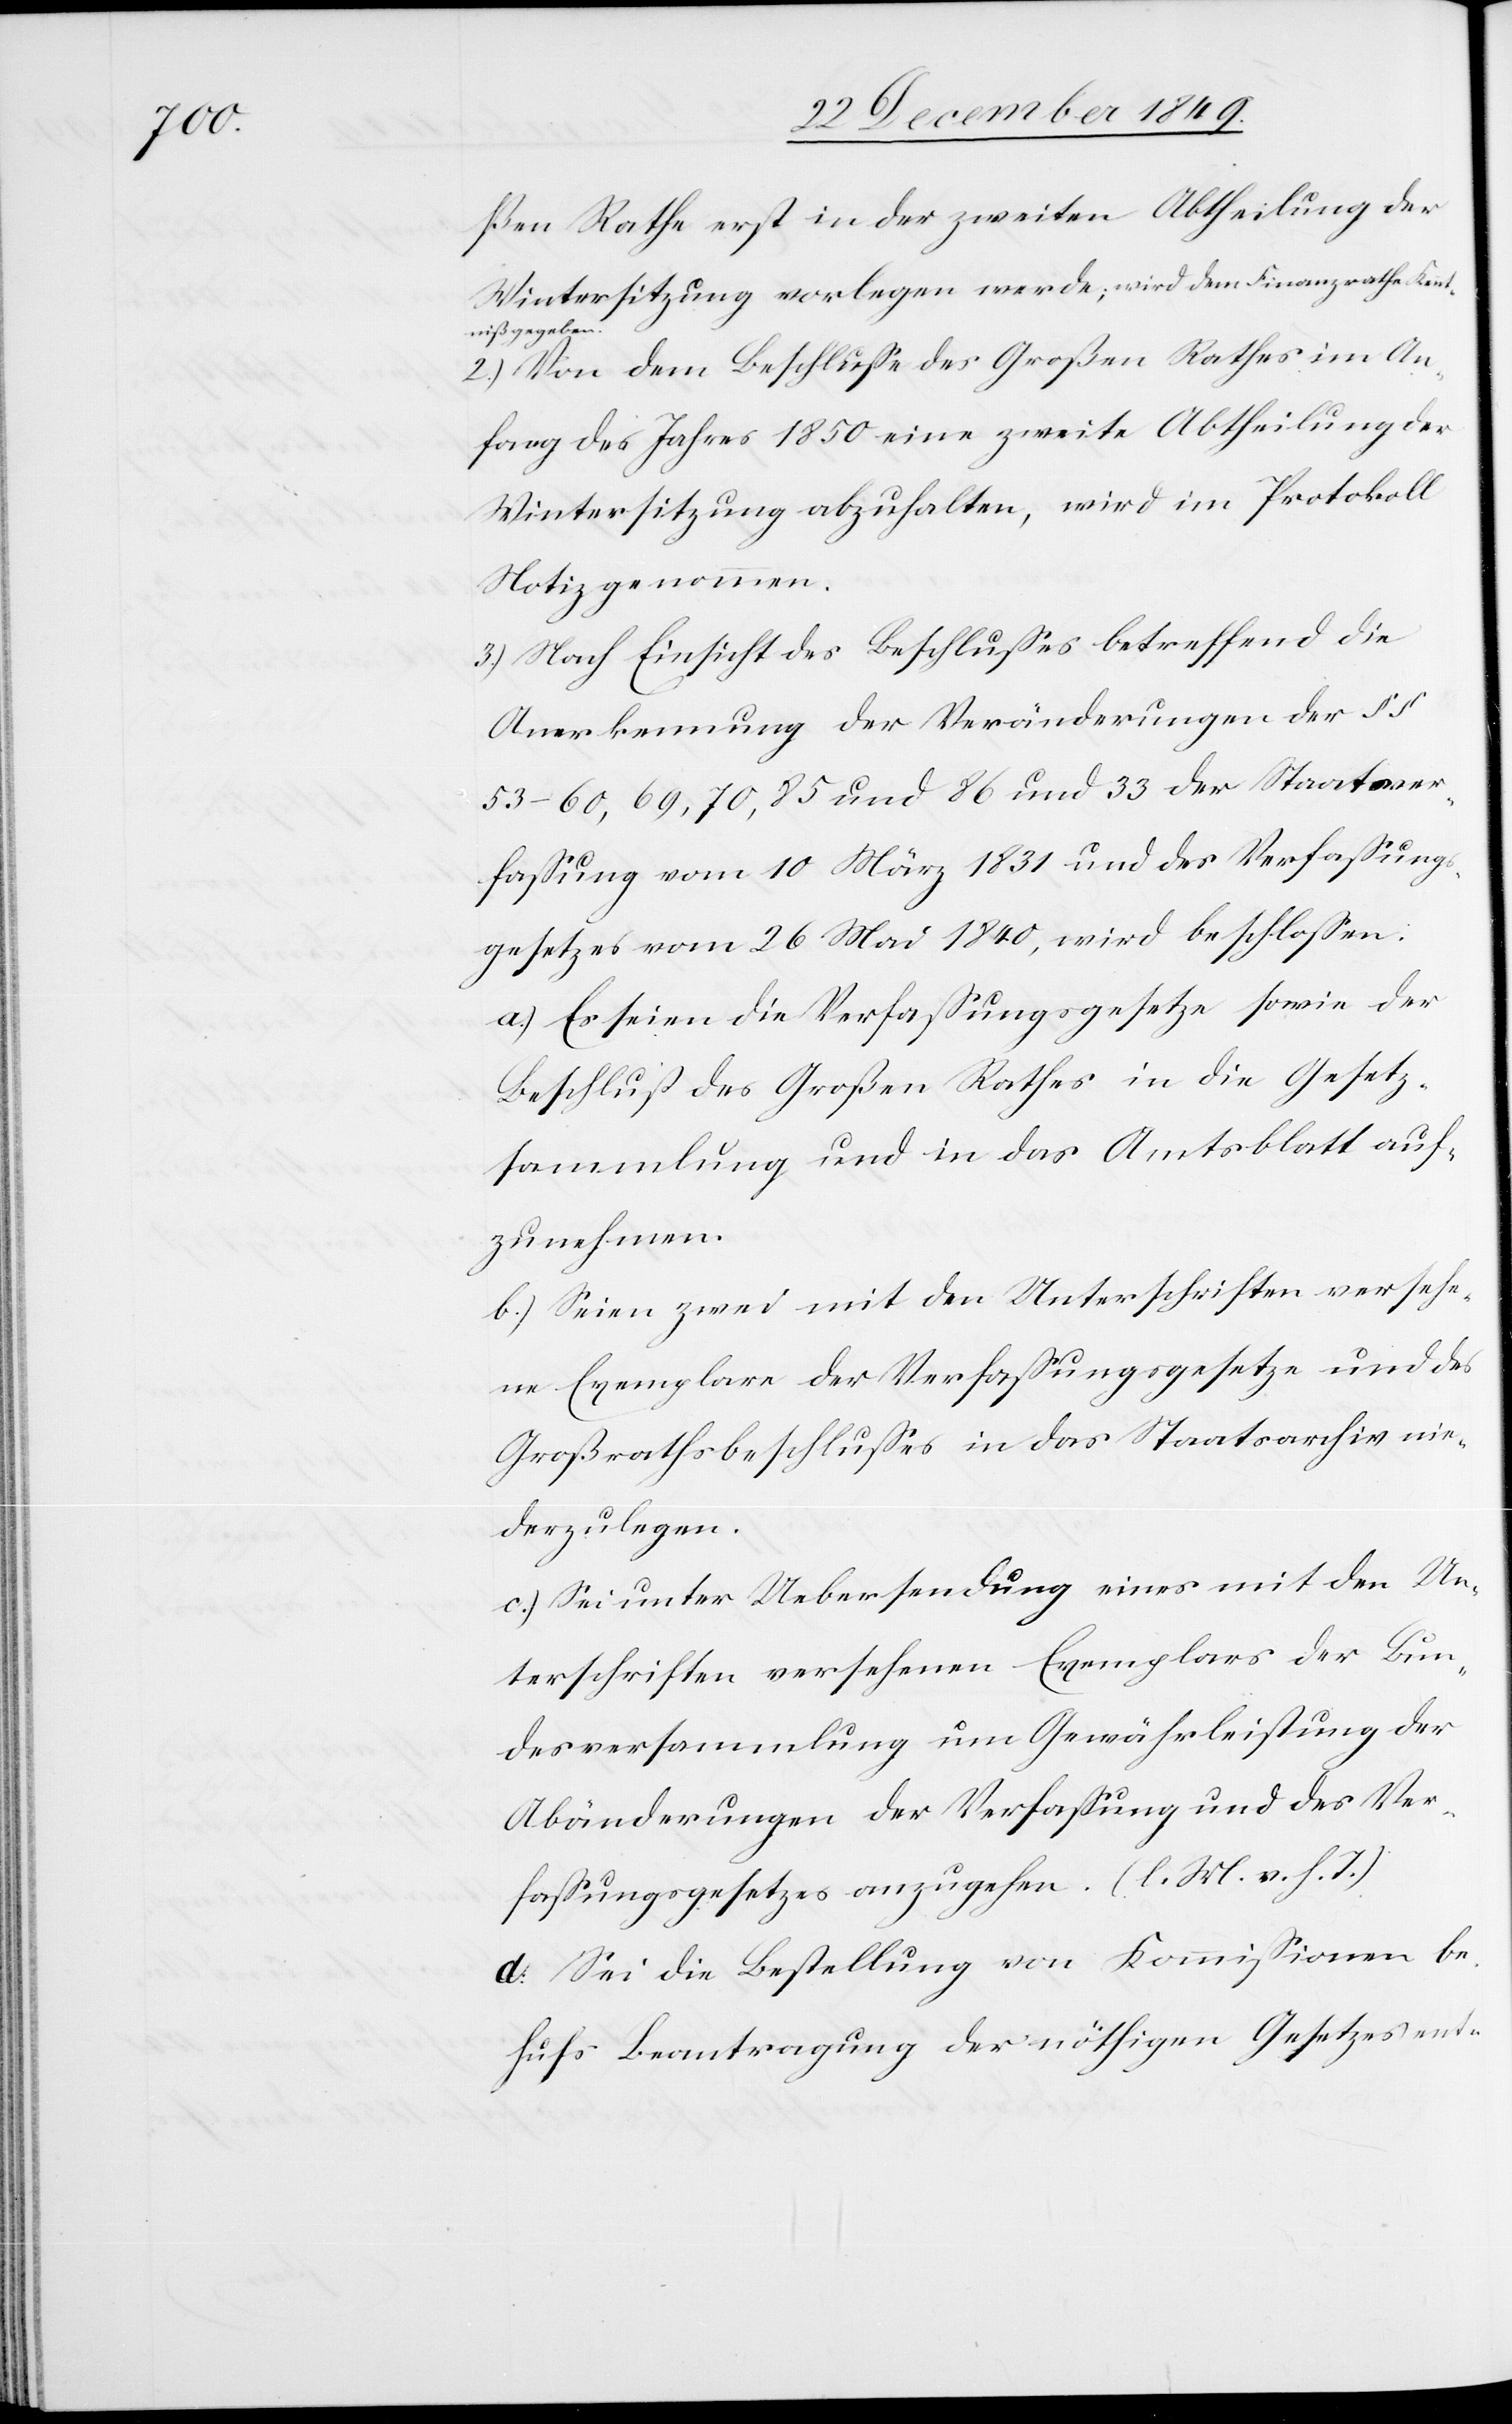
ßen Rathe erst in der zweiten Abtheilung der
Wintersitzung vorlegen werde, wird dem Finanzrathe Kennt¬
niß gegeben.
2.) Von dem Beschluße des Großen Rathes im An¬
fang des Jahres 1850 eine zweite Abtheilung der
Wintersitzung abzuhalten, wird im Protokoll
Notiz genommen.
3.) Nach Einsicht des Beschlußes betreffend die
Anerkennung der Veränderungen des §§
53–60,69,70,85 und 86 und 33 der Staatsver¬
faßung vom 10 März 1831 und des Verfaßungs¬
gesetzes vom 26 Mai 1840, wird beschloßen:
a.) Es seien die Verfaßungsgesetze sowie der
Beschluß des Großen Rathes in die Gesetz¬
sammlung und in das Amtsblatt auf¬
zunehmen.
b.) Seien zwei mit den Unterschriften versehe¬
ne Exemplare der Verfaßungsgesetze und des
Großrathsbeschlußes in das Staatsarchiv nie¬
derzulegen.
c.) Sei unter Uebersendung eines mit den Un¬
terschriften versehenen Exemplars der Bun¬
desversammlung um Gewährleistung der
Abänderungen der Verfaßung und des Ver¬
faßungsgesetzes anzugehen. [l. M. v. h. T]
d.) Sei die Bestellung von Kommißionen be¬
hufs Beantragung der nöthigen Gesetzesent-